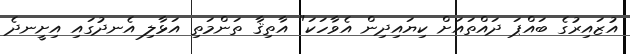
އުޒައިރުގެ ބައްޕަ ދައްތައަށް ކިޔައިދިން އެވާހަކަ" އާތިޤާ ތަންމަތި އަޅާލި އެނދުގައި އިށީނދެ